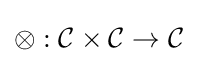
\otimes :{\mathcal {C}}\times {\mathcal {C}}\to {\mathcal {C}}